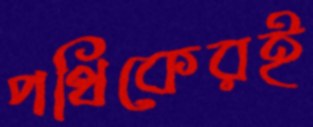
পথিকেরই